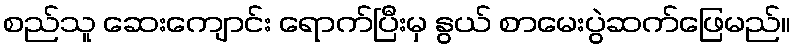
စည်သူ ဆေးကျောင်း ရောက်ပြီးမှ နွယ် စာမေးပွဲဆက်ဖြေမည်။